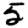
Digit: 5